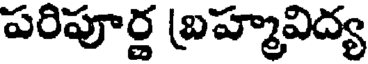
పరిపూర్ణ బ్రహ్మవిద్య